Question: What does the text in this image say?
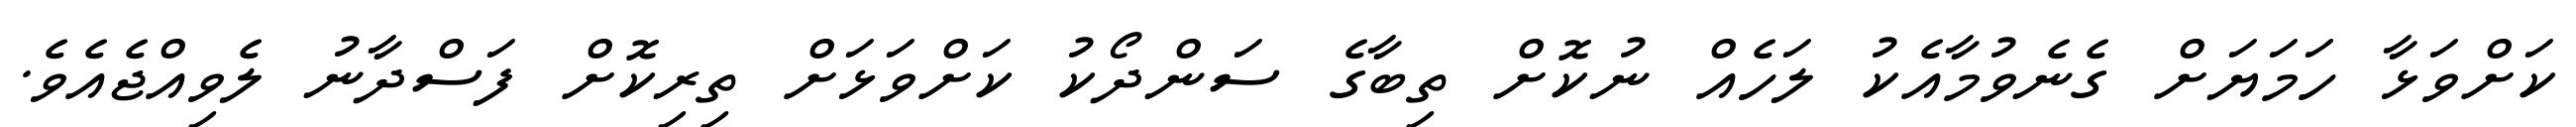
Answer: ކަށްވަޅާ ހަމަޔަށް ގެނެވުމާއެކު ލަހެއް ނުކޮށް ތިބާގެ ސަންދޯކު ކަށްވަޅަށް ތިރިކޮށް ފަސްދާނު ލެވިއްޖެއެވެ.